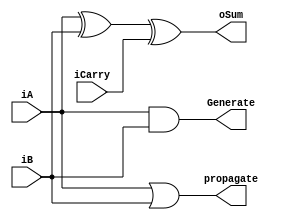
`timescale 1ns / 1ps
//////////////////////////////////////////////////////////////////////////////////
// Company: 
// Engineer: 
// 
// Design Name: 
// Module Name: PFA
// Project Name: 
// Target Devices: 
// Tool Versions: 
// Description: 
// 
// Dependencies: 
// 
// Revision:
// Revision 0.01 - File Created
// Additional Comments:
// 
//////////////////////////////////////////////////////////////////////////////////


module PFA(
    input   wire    iA, 
    input wire iB, 
    input wire iCarry,
    output  wire oSum, 
    output wire Generate,
    output wire propagate
    );
    // Lecture things about the partial adder in lecture 3
    assign oSum = iA ^ iB ^ iCarry;
    assign propagate = iA|iB ;
    assign Generate = iA & iB ;
    
endmodule